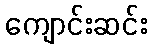
ကျောင်းဆင်း